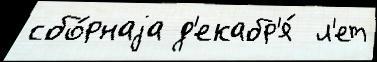
сбо́рнаjа д'екабр'я́  л'ет